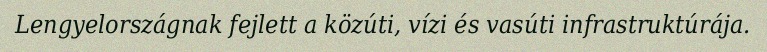
Lengyelországnak fejlett a közúti, vízi és vasúti infrastruktúrája.